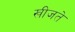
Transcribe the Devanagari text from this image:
खीजते